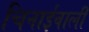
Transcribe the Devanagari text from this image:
चिनाईवालीं